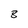
Character: 8